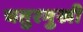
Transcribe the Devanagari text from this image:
चतुरमुखी